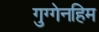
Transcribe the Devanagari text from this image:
गुग्गेनहिम